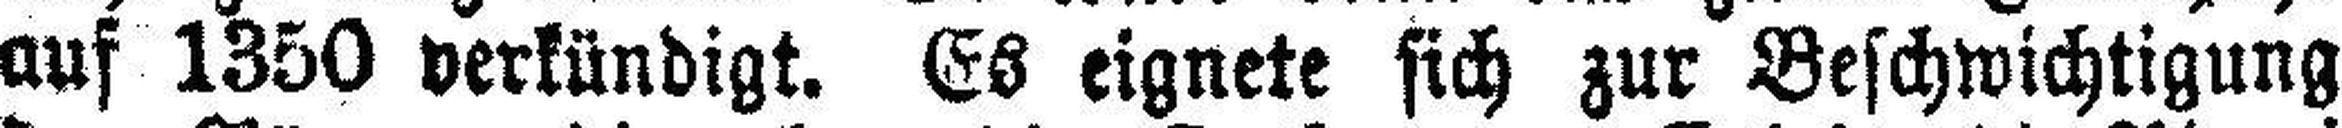
auf 1350 verkündigt. Es eignete sich zur Beschwichtigung